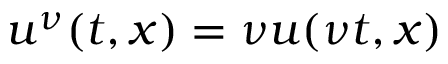
u ^ { \nu } ( t , x ) = \nu u ( \nu t , x )